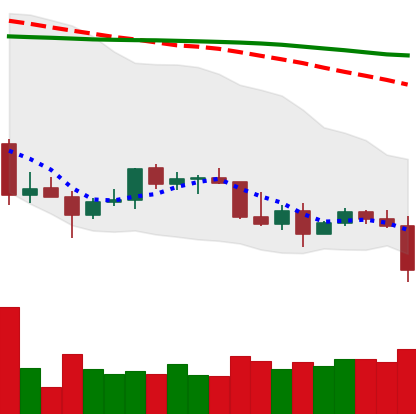
Ticker: TRX-USD
Chart end date: 2022-01-05
Forward return: -10.951%
Label: down_7plus